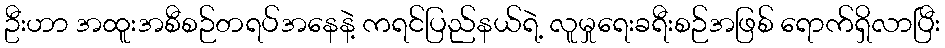
ဦးဟာ အထူးအစီစဉ်တရပ်အနေနဲ့ ကရင်ပြည်နယ်ရဲ့ လူမှုရေးခရီးစဉ်အဖြစ် ရောက်ရှိလာပြီး